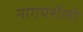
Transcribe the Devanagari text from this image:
नागयशैली